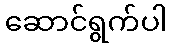
ဆောင်ရွက်ပါ